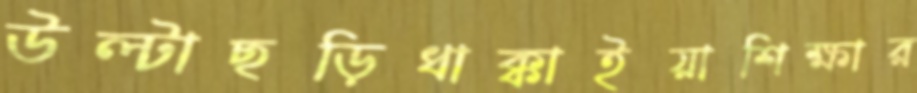
উল্টাছড়িধাক্কাইয়াশিক্ষার